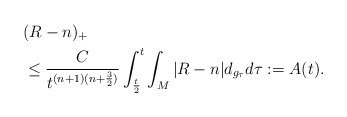
\begin{align*}&(R-n)_+\\&\le \frac{C}{t^{(n+1)(n+\frac{3}{2})}}\int_{\frac{t}{2}}^t\int_M|R-n|d_{g_\tau}d\tau:=A(t).\end{align*}